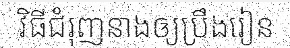
វិធីជំរុញនាងឲ្យប្រឹងរៀន